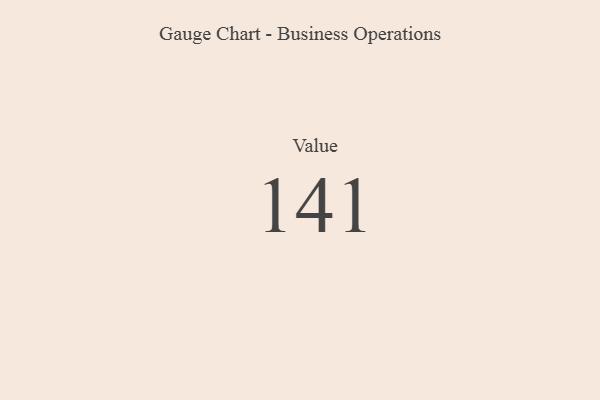
{"axis": {"x": "Metric", "y": "Value"}, "legend": [""], "data": [{"x": "Value", "y": 141, "type": ""}]}